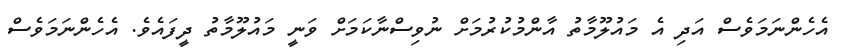
އެހެންނަމަވެސް އަދި އެ މައުލޫމާތު އާންމުކުރުމަށް ނުވިސްނާކަމަށް ވަނީ މައުލޫމާތު ދީފައެވެ. އެހެންނަމަވެސް